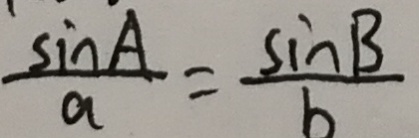
\frac { \sin A } { a } = \frac { \sin B } { b }